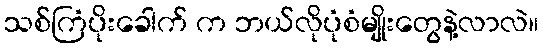
သစ်ကြံပိုးခေါက် က ဘယ်လိုပုံစံမျိုးတွေနဲ့လာလဲ။